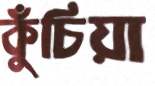
কুঁচিয়া